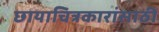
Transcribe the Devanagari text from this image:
छायाचित्रकारांसाठी